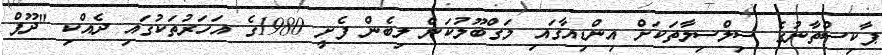
ޕާކިސްތާނުގެ ސިލްސިލާތަކަށް އިންޑިއާގައި މަގްބޫލުކަން ލިބެން ފެށީ 1980ގެ އަހަރުތަކުގައި ދެއްކި "ދޫޕް